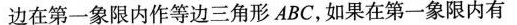
边在第一象限内作等边三角形ABC，如果在第一象限内有